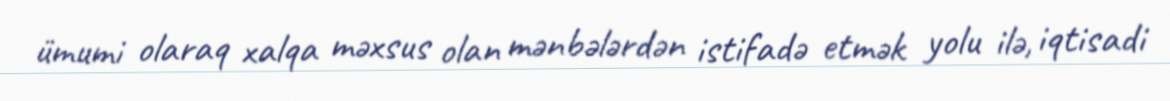
ümumi olaraq xalqa məxsus olan mənbələrdən istifadə etmək yolu ilə, iqtisadi